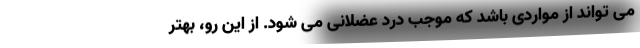
می تواند از مواردی باشد که موجب درد عضلانی می شود. از این رو، بهتر